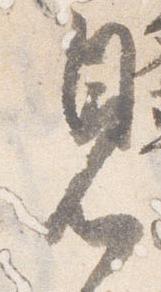
見